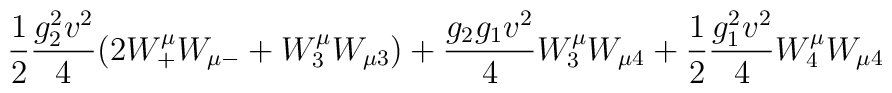
\frac 12 {g_2 ^2 v^2 \over 4} (2 W^\mu_+ W_{\mu -} + W^\mu_3 W_{\mu 3})+  {g_2 g_1 v^2 \over 4} W^\mu _3 W _{\mu4} +\frac 12 {g_1 ^2 v^2 \over 4} W^\mu_4  W _{\mu 4}